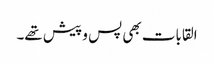
القابات بھی پس و پیش تھے۔